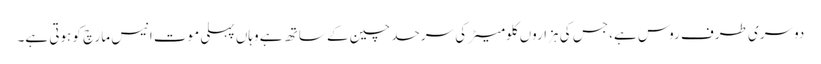
دوسری طرف روس ہے، جس کی ہزاروں کلومیٹر کی سرحد چین کے ساتھ ہے وہاں پہلی موت انیس مارچ کو ہوتی ہے۔